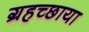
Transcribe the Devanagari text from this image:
ग्रहच्छाया